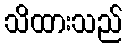
သိထားသည်